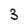
Character: 3